Civil Veterinary Department Bihar & Orissa reports 1911-21 - 1911-1921
Year: 1911
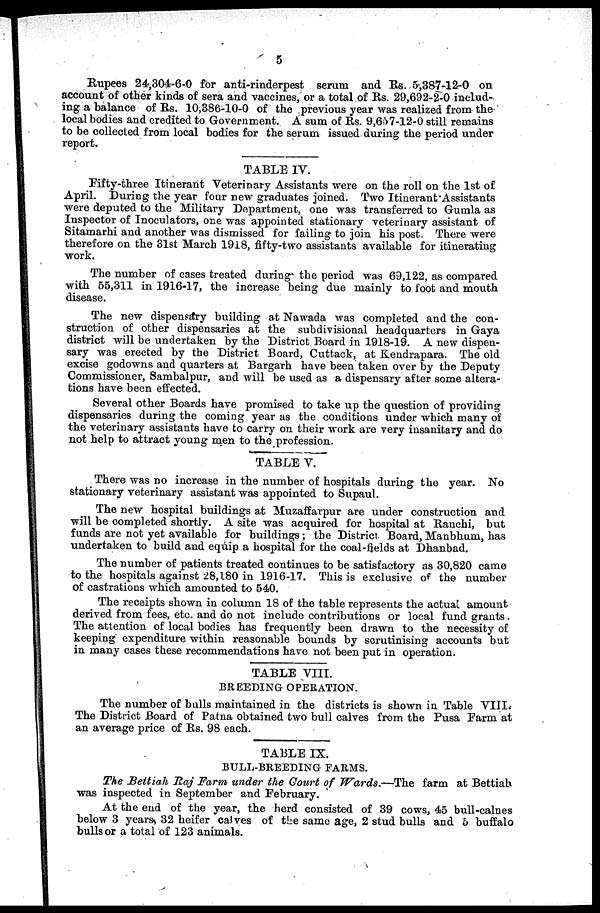
5
Rupees 24,304-6-0 for anti-rinderpest serum and Us. 5,387-12-0 on
account of other kinds of sera and vaccines, or a total of Rs. 29,692-2-0 includ-
ing a balance of Rs. 10,386-10-0 of the previous year was realized from the
local bodies and credited to Government. A sum of Rs. 9,657-12-0 still remains
to be collected from local bodies for the serum issued during the period under
report.
TABLE IV.
Eifty-three Itinerant Veterinary Assistants were on the roll on the 1st of
April. During the year four new graduates joined. Two Itinerant Assistants
were deputed to the Military Department, one was transferred to Gumla as
Inspector of Inoculators, one was appointed stationary veterinary assistant of
Sitamarhi and another was dismissed for failing to join his post. There were
therefore on the 31st March 1918, fifty-two assistants available for itinerating
work.
The number of cases treated during the period was 69,122, as compared
with 55,311 in 1916-17, the increase being due mainly to foot and mouth
disease.
The new dispensary building at Nawada was completed and the con-
struction of other dispensaries at the subdivisional headquarters in Gaya
district will be undertaken by the District Board in 1918-19. A new dispen-
sary was erected by the District Board, Cuttack, at Kendrapara. The old
excise godowns and quarters at Bargarh have been taken over by the Deputy
Commissioner, Sambalpur, and will be used as a dispensary after some altera-
tions have been effected.
Several other Boards have promised to take up the question of providing
dispensaries during the coming year as the conditions under which many of
the veterinary assistants have to carry on their work are very insanitary and do
not help to attract young men to the profession.
TABLE V.
There was no increase in the number of hospitals during the year. No
stationary veterinary assistant was appointed to Supaul.
The new hospital buildings at Muzaffarpur are under construction and
will be completed shortly. A site was acquired for hospital at Ranchi, but
funds are not yet available for buildings ; the District Board, Manbhum, has
undertaken to build and equip a hospital for the coal-fields at Dhanbad.
The number of patients treated continues to be satisfactory as 30,820 came
to the hospitals against 28,180 in 1916-17. This is exclusive of the number
of castrations which amounted to 540.
The receipts shown in column 18 of the table represents the actual amount
derived from fees, etc. and do not include contributions or local fund grants.
The attention of local bodies has frequently been drawn to the necessity of
keeping expenditure within reasonable bounds by scrutinising accounts but
in many cases these recommendations have not been put in operation.
TABLE VIII.
BREEDING OPERATION.
The number of bulls maintained in the districts is shown in Table VIII.
The District Board of Patna obtained two bull calves from the Pusa Farm at
an average price of Rs. 98 each.
TABLE IX.
BULL-BREEDING FARMS.
The Bettiah Raj Farm under the Court of Wards.—The
farm at Bettiah
was inspected in September and February.
At the end of the year, the herd consisted of 39 cows, 45 bull-calnes
below 3 years 32 heifer calves of the same age, 2 stud bulls and 5 buffalo
bulls or a total of 123 animals.